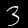
Digit: 3